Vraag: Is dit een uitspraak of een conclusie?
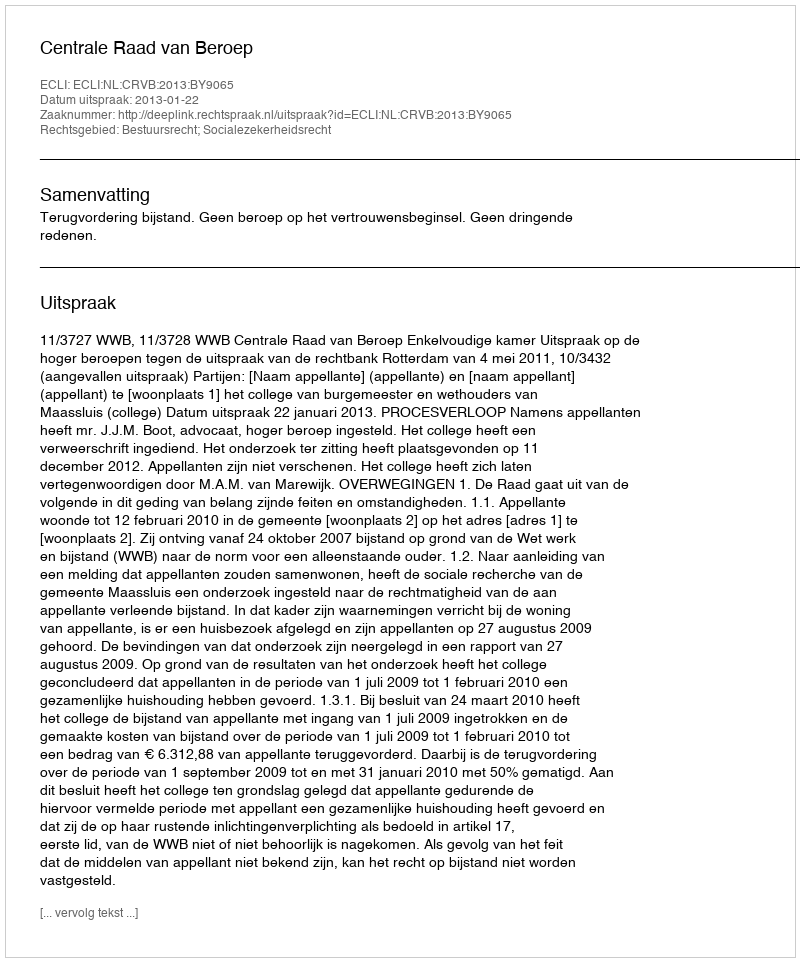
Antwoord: Uitspraak